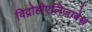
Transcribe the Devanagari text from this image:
विद्रोहीएलिज़ाबेथ